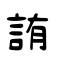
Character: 詴